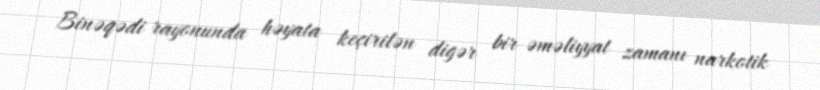
Binəqədi rayonunda həyata keçirilən digər bir əməliyyat zamanı narkotik